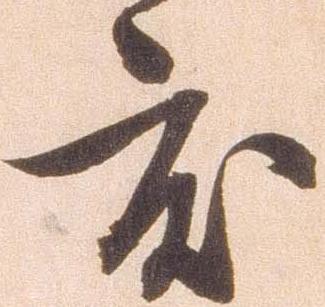
度